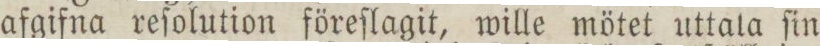
afgifna reſolution föreſlagit, wille mötet uttala ſin